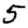
Digit: 5